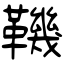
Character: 鞿